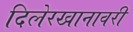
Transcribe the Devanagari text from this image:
दिलेरखानावरी